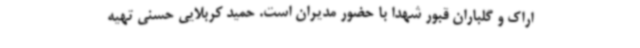
اراک و گلباران قبور شهدا با حضور مدیران است. حمید کربلایی حسنی تهیه